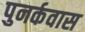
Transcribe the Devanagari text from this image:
पुनर्कवास